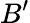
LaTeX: B^{\prime}